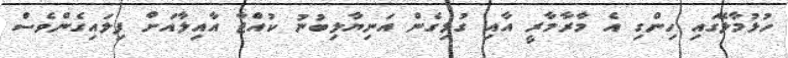
ހުޅުމާލޭގައި ހިންގި އެ މާރާމާރީ އާއި ގުޅިގެން އަނިޔާލިބުނު ކުއްޖާ އާއިލާއަށް ފިލައިގެންވެސް